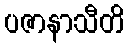
ပဇာနာသီတိ